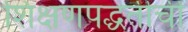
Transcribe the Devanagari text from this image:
शिक्षणपद्धतीची